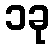
၁ခု